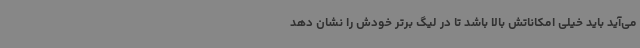
می‌آید باید خیلی امکاناتش بالا باشد تا در لیگ برتر خودش را نشان دهد